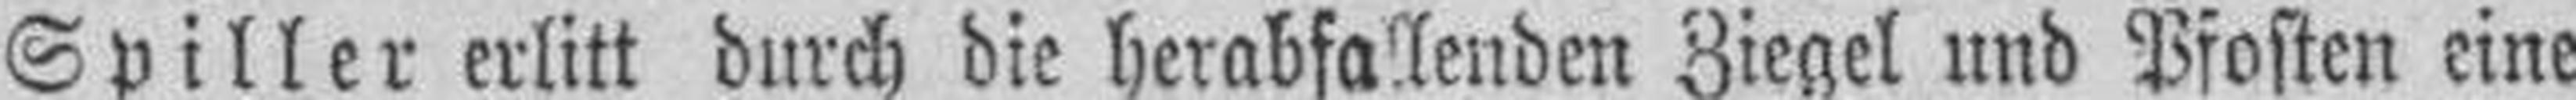
Spiller erlitt durch die herabfallenden Ziegel und Pfosten eine